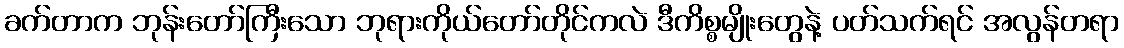
ခက်တာက ဘုန်းတော်ကြီးသော ဘုရားကိုယ်တော်တိုင်ကလဲ ဒီကိစ္စမျိုးတွေနဲ့ ပတ်သက်ရင် အလွန်တရာ